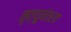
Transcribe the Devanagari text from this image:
मृत्यूनंतरच